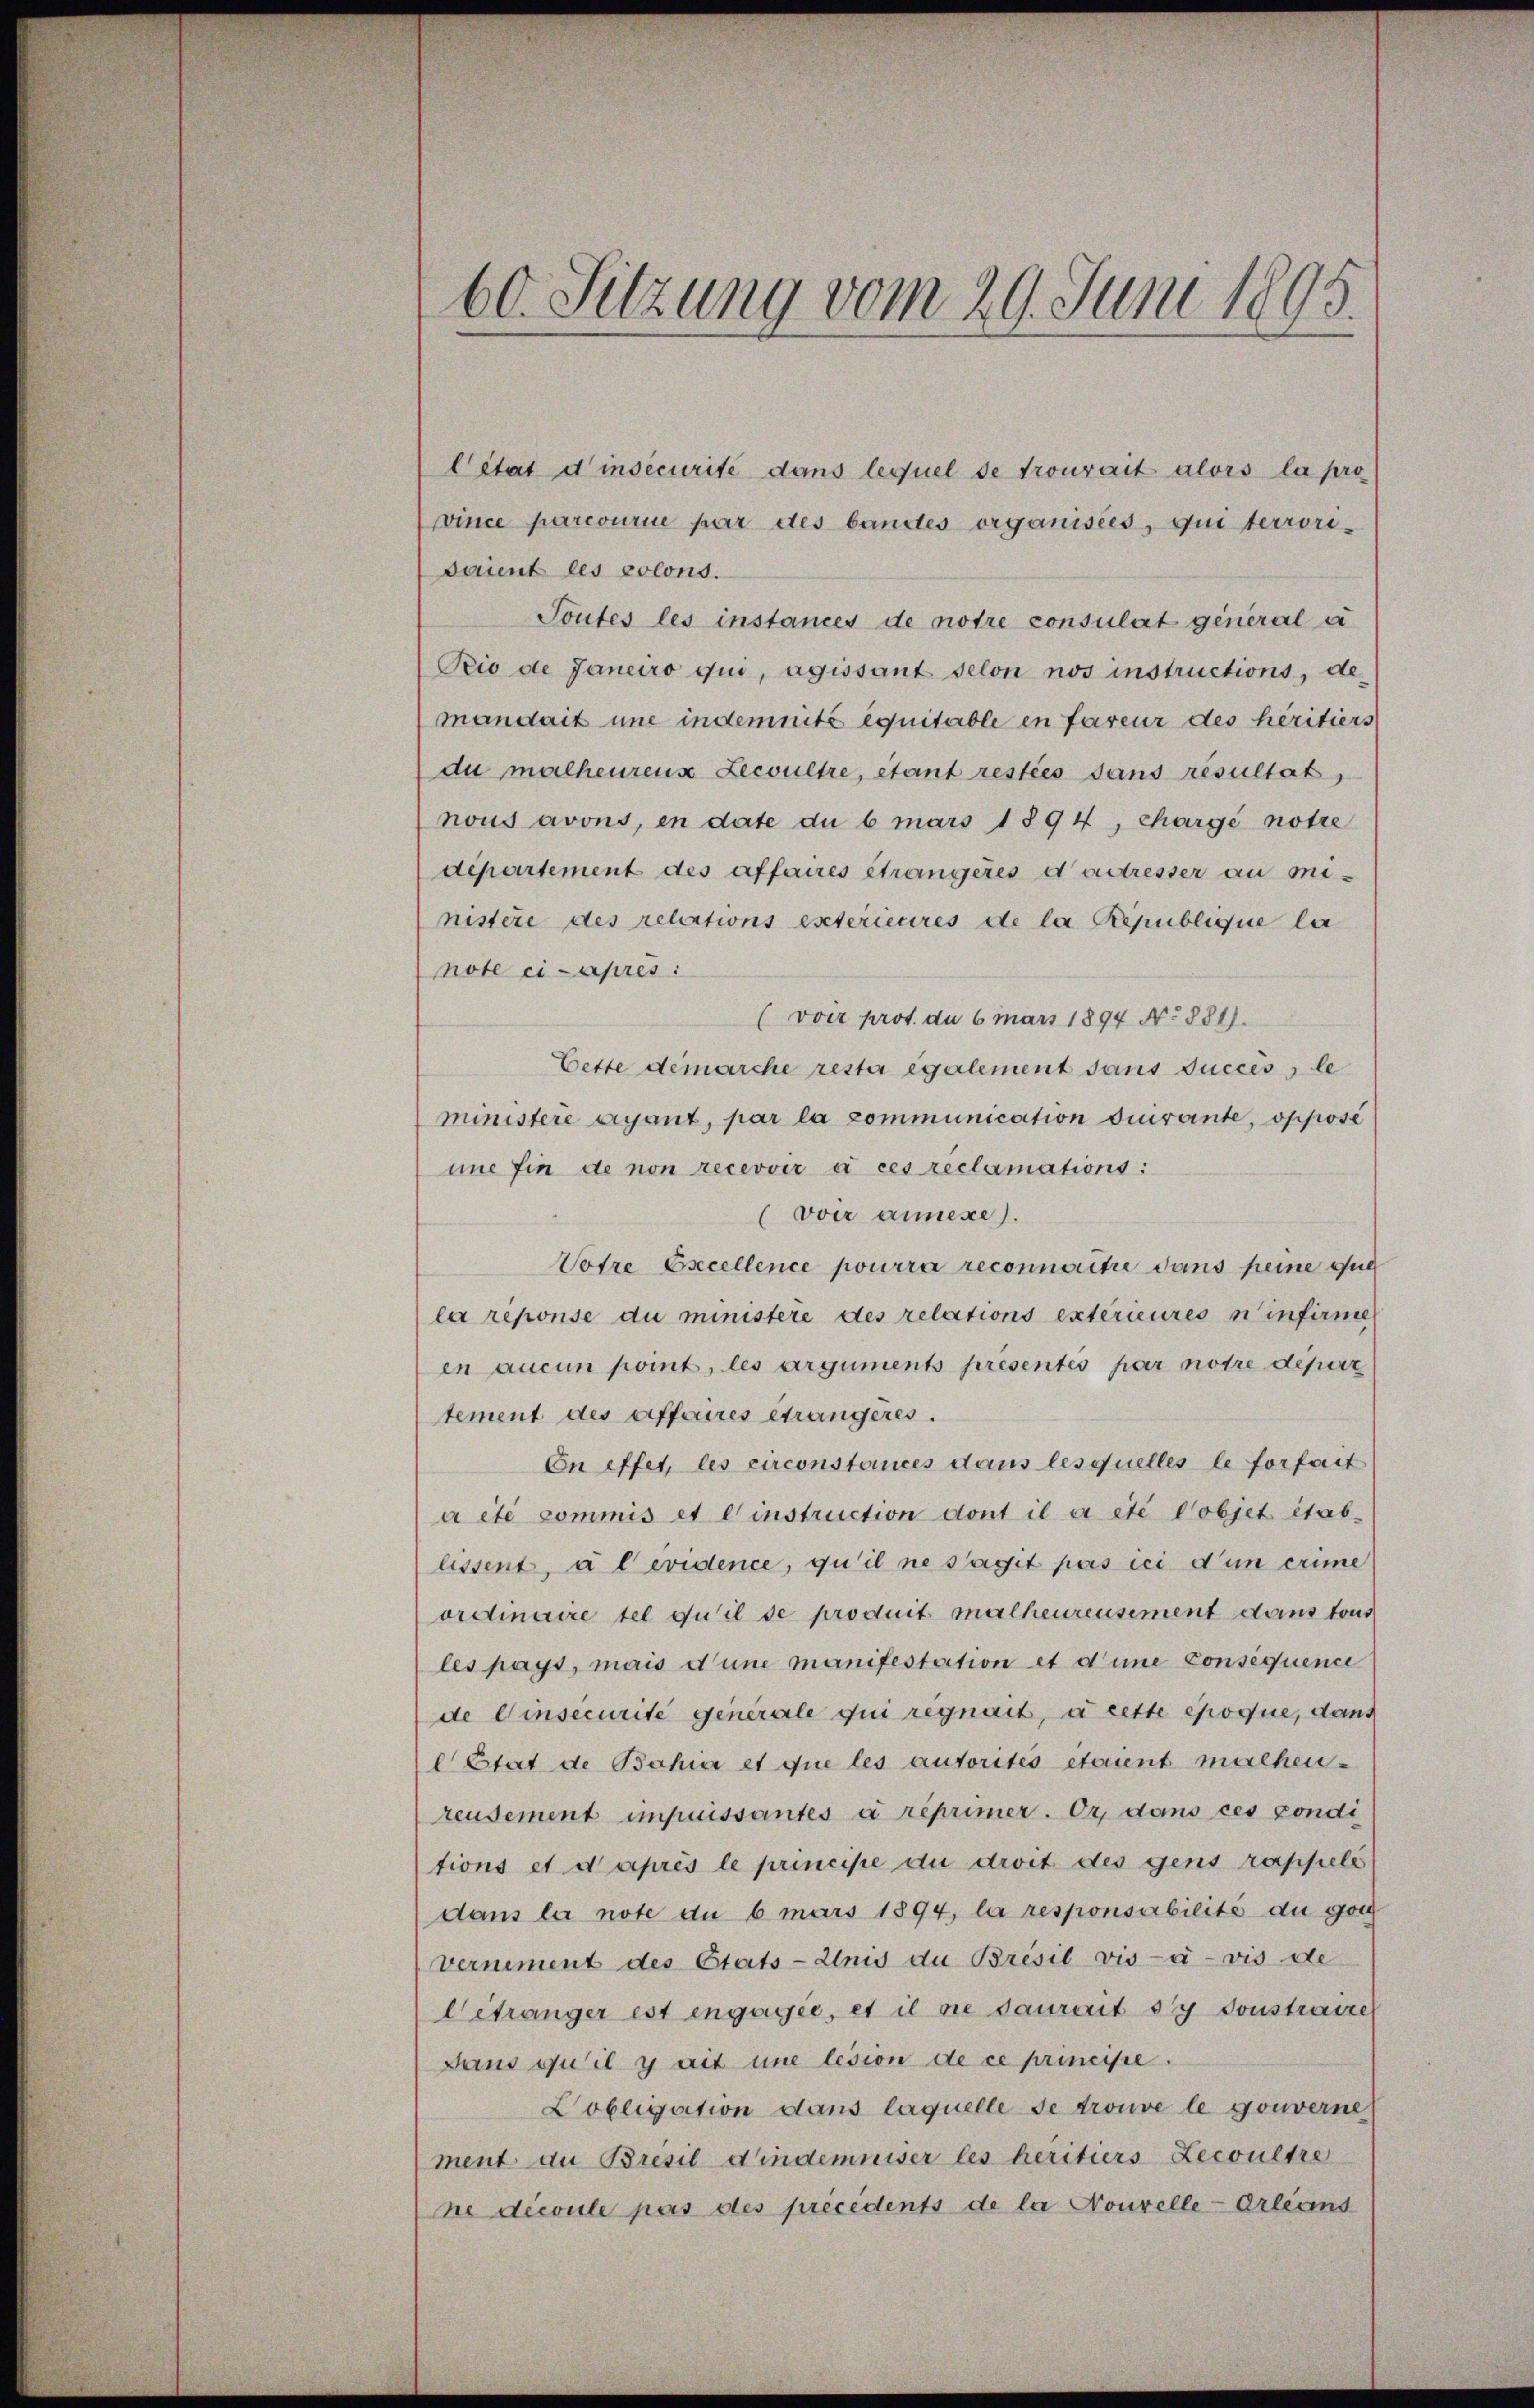
60. Sitzung vom 29. Juni 1895.

Cétat dinsecurité dans lequel se trouvait alors la pro
vince parcourie par des bandes organisées, qui terrori¬
Saient les colons.
Toutes les instances de notre consulat general a
Pio de Janeiro qui, agissant selon nos instructions, de
mandait une indemnité équitable in fareur des héritiers
du malheurenz Lecoultre, étant resties sans résultat,
nous avons, en date du bmars 1894, chargé notre
departement des affaires étrangeres dastresser au mi-
nistere des relations exterieures de la République la
note ci-apres:
(voir prot. du 6 mars 1894 No 881).
Cette demarche resta egalement sans success le
ministere ayant, par la communication duirante, opposi
une fin de non recevoir à ces reclamations:
voir annexe).
Votre Excellence pourra reconnaitre dans peine gut
la reponse du ministere des relations extérieures einfirme
en aucun point, les arguments presentés par notre depar
tement des effaires étrangères.
Cn effet, les circonstances dans lesquelles le forfait
a été commis et einstruction dont il a été objet itab-
lissent, a levidence, qu’il ne s’agit pas ici d’un crime
ordinaire tel qu’il se produit malheureusement dans tous
les pays, mais d’une manifestation et d’une consequence
de Einsecurite generale qui regnait, à cette époque, dans
 Etat de Bahia et que les autorités etont machen-
reusement impuissantes a reprimer. Er dans ces condi
tions et d’après le principe du droit des gens rappelé
dans la note du 6 mars 1894, la responsabilité du gan
vernement des Etats-Anis du Brésil vis-à-vis de
Getränger est engagée, et il sie saurait sy sonstraire
Dans qu’il y ait une lésion de ce primesse.
Cobligation dans laquelle se trouve le gouverne
ment au Bresil Kindemniser les beritiers Lecoultre
ne découle pas des précédents de la Nouvelle-Orleand